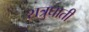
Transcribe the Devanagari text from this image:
शत्रुघाती